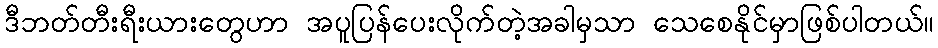
ဒီဘတ်တီးရီးယားတွေဟာ အပူပြန်ပေးလိုက်တဲ့အခါမှသာ သေစေနိုင်မှာဖြစ်ပါတယ်။